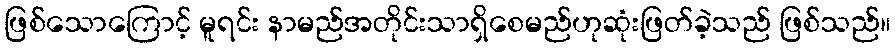
ဖြစ်သောကြောင့် မူရင်း နာမည်အတိုင်းသာရှိစေမည်ဟုဆုံးဖြတ်ခဲ့သည် ဖြစ်သည်။